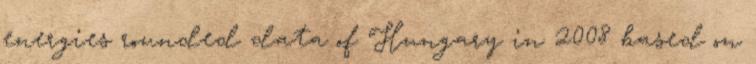
energies rounded data of Hungary in 2008 based on